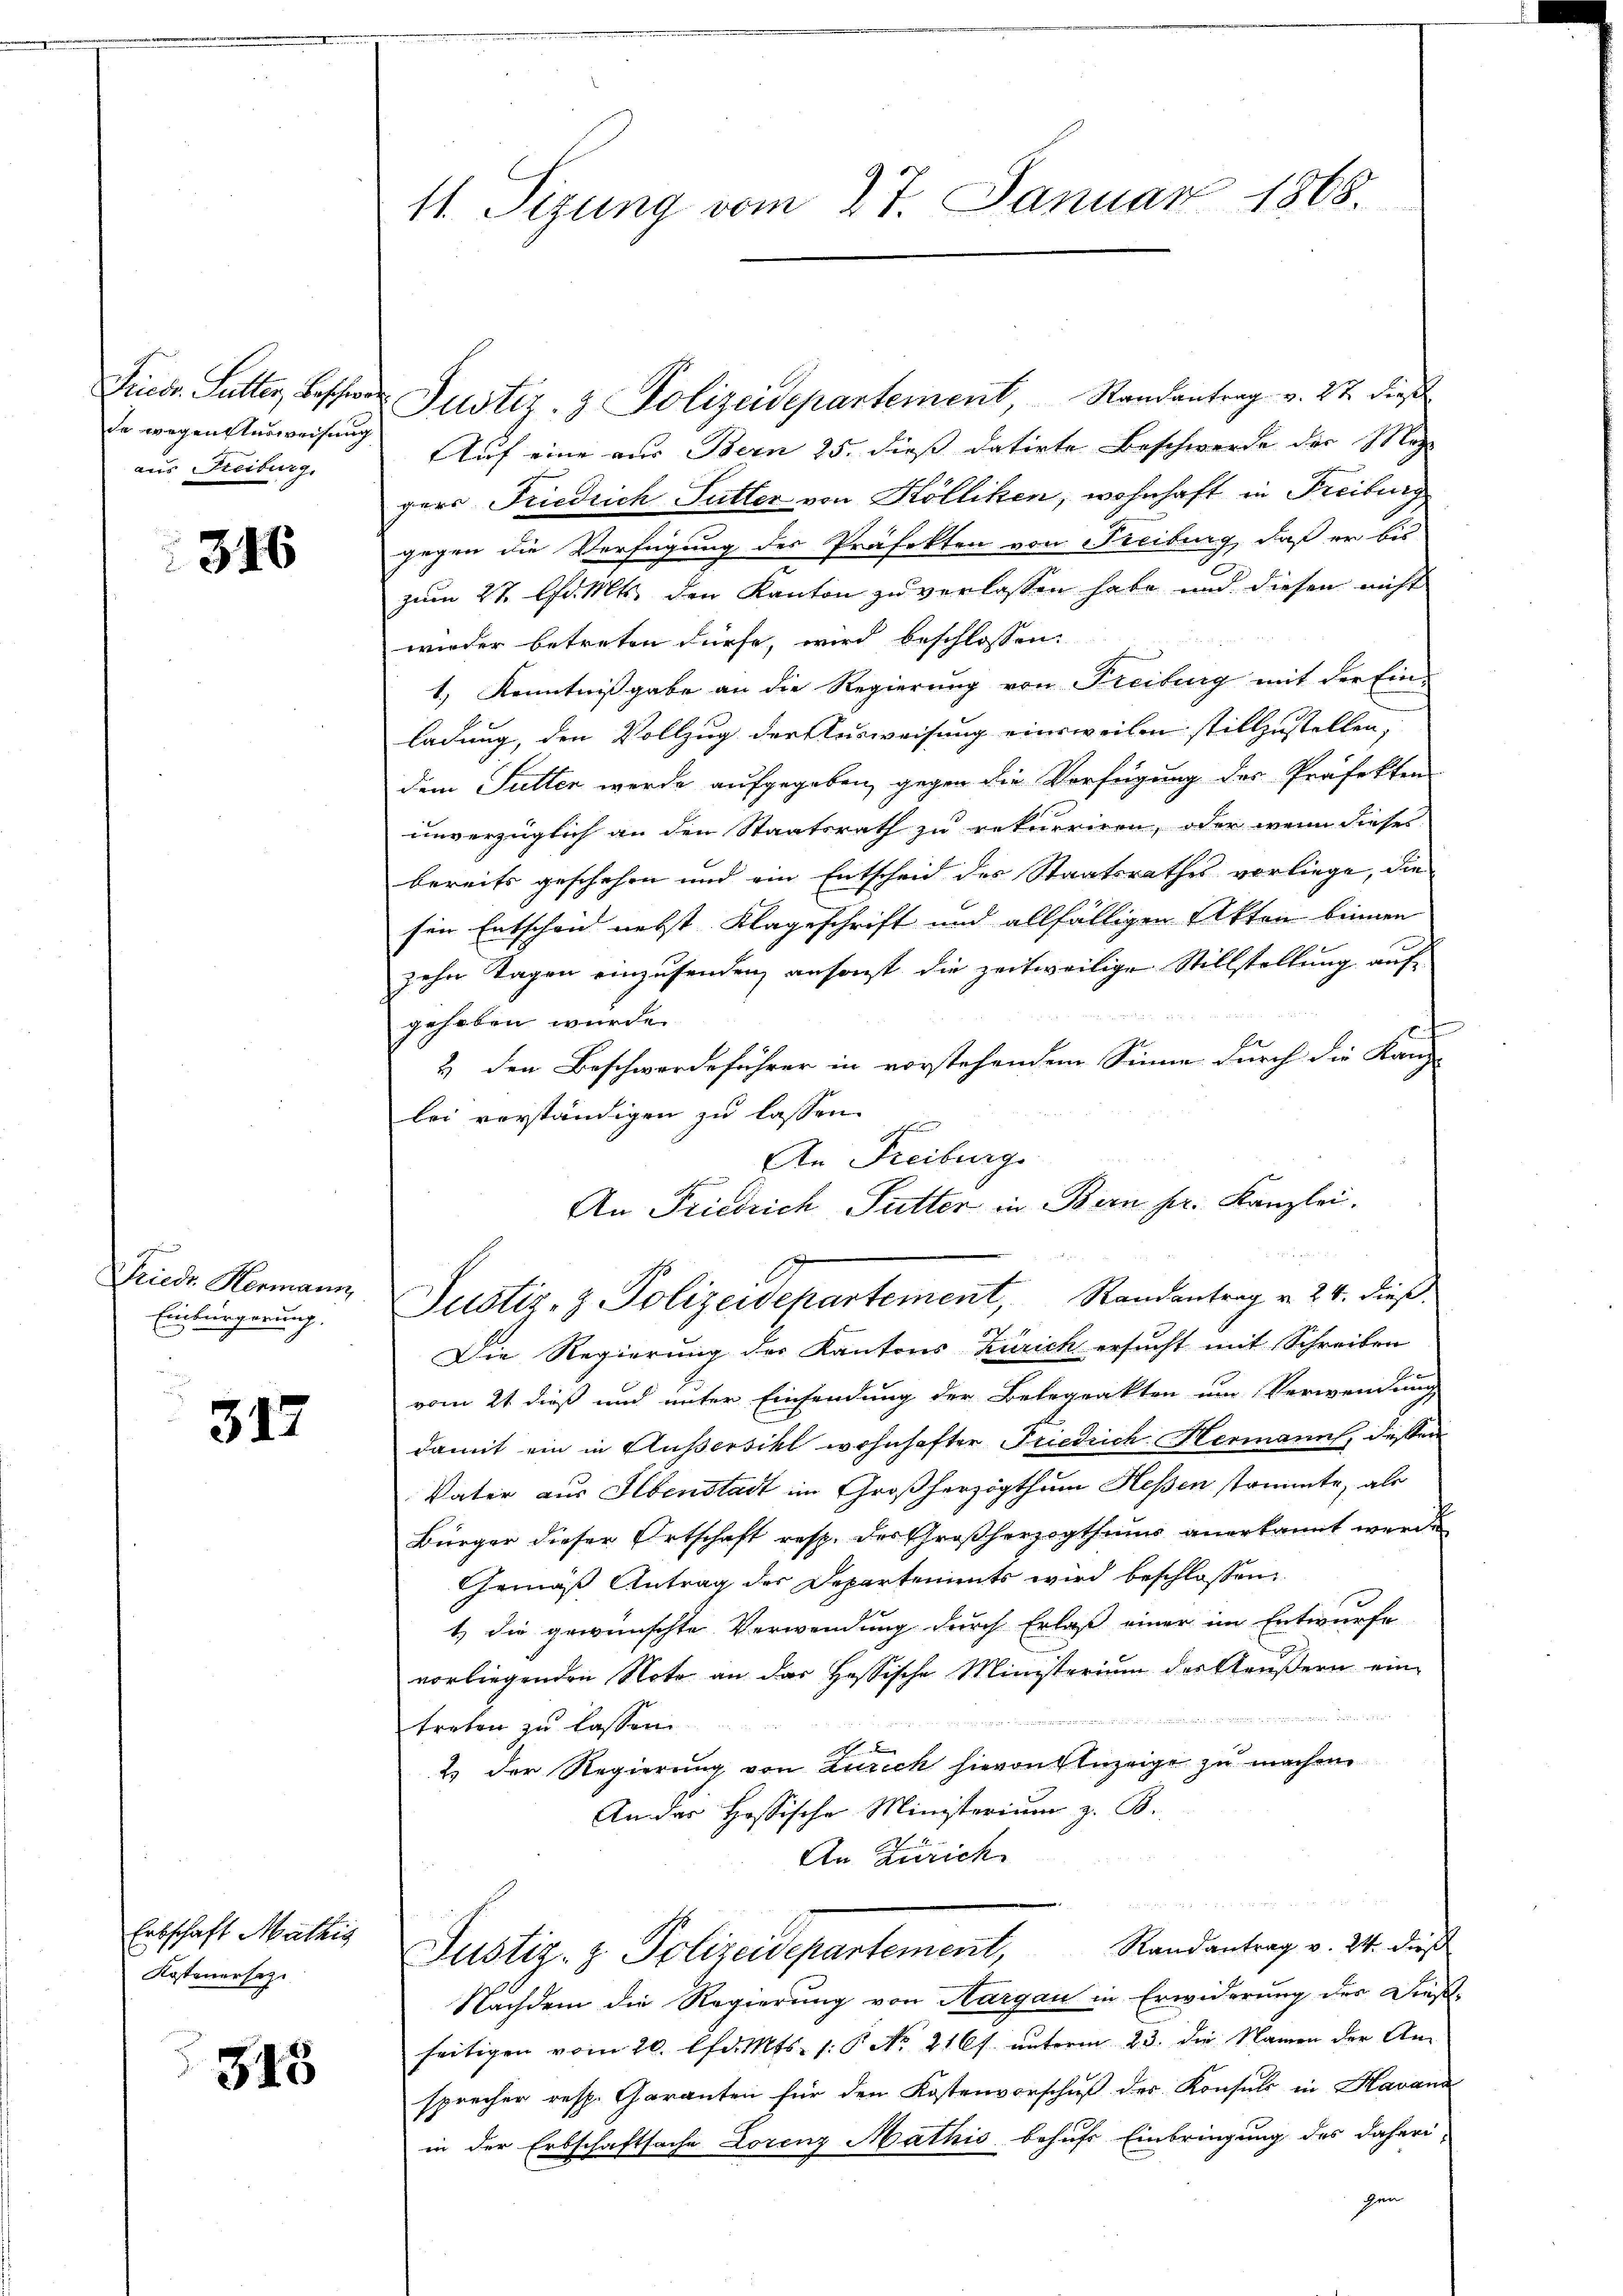
Frieder. Sutter, Beschwe
de wegen Ausweisung
aus Freiburg.

316

Friedr. Hermann,
Einfürgerung.

317

Erbschaft Mathig
Kostenersez

348

11. Sizung vom 27. Januar 1865.

Justiz- & Polizeidepartement, Randantrag v. 22 die
Auf eine aus Bern 25. dieß datirte Beschwerde der Mag
gers Friedrich Sutter von Kölliken, wohnhaft in Freiburg
gegen die Verfügung des Präfekten von Freiburg, daß er bis
zum 27. d. Mts. den Kanton zu verlassen habe und diesen nicht
wieder betreten dürfe, wird beschlossen:
1) Kenntnißgabe an die Regierung von Freiburg mit der Ein-
ladung, den Vollzug der Ausweisung einsweilen stillzustellen,
dem Sutten werde aufgegeben, gegen die Verfügung des Präfekten
unverzüglich an den Staatsrath zu rekurriren, oder wenn dieses
bereits geschehen und ein Entscheid des Staatsrathes vorliege, die
sen Entschen nebst Klageschrift und allfälligen Akten binnen
zehn Tagen einzusenden, ansagt die zeitweilige Stillstellung auf
gehoben wurde.
t
& den Beschwerdeführer in vorstehendem Sinne durch die Kanz-
lei verständigen zu lassen.
An Freiburg.
Die Regierung des Kantons Zürich ersucht mit Schreiben
vom 21. dieß und unter Einsendung der Betrarakten um Verwendung
damit ein in Außersihl wohnhafter Friedrich Hermann, deßen
Vater aus Ebenstadt im Großherzogthum Heßen stammte, als
Bürger dieser Ortschaft resp. des Großherzogthums anerkannt werde
Gemäß Antrag des Departements wird beschlossen
1.) die gewünschte Verwendung durch Erlaß einer im Entwurfe
vorliegenden Note an das Hassische Ministerium des Aeußern ein
 und
treten zu lassen.
2.) Der Regierung von Zürich hievon Anzeige zu machen
An der Hessische Ministerium z. B.
An Zürich
n
Justiz- & Polizeidepartement, Randantrag v. 24. dieß
Nachdem die Regierung von Aargau in Erwiderung der Dieß-
seitigen vom 20. lfd. Mts. 1. P No. 216 f. unterm 23. die Namen der Ansprecher resp. Garanten für den Kostenvorschuß des Konsuls in Havanz
in der Erbschaftsache Lorenz Mathis behufs Einbringung des daheri-
gen

An Friedrich Futter in Bern pr. Kanzlei.
Justiz- & Polizeidepartement, Randantrag v. 24. dieß.